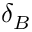
\delta _ { B }